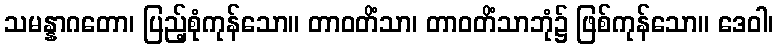
သမန္နာဂတော၊ ပြည့်စုံကုန်သော။ တာဝတိံသာ၊ တာဝတိံသာဘုံ၌ ဖြစ်ကုန်သော။ ဒေဝါ၊